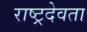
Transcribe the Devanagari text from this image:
राष्ट्रदेवता